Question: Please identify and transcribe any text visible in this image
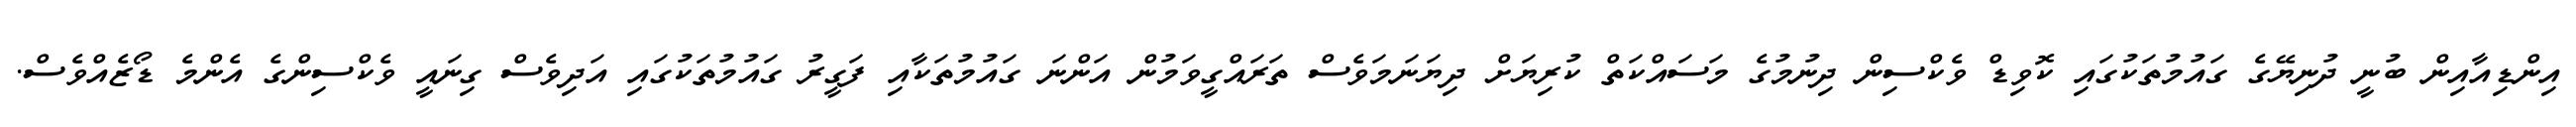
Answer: އިންޑިއާއިން ބުނީ ދުނިޔޭގެ ގައުމުތަކުގައި ކޮވިޑް ވެކްސިން ދިނުމުގެ މަސައްކަތް ކުރިޔަށް ދިޔަނަމަވެސް ތަރައްގީވަމުން އަންނަ ގައުމުތަކާއި ފަގީރު ގައުމުތަކުގައި އަދިވެސް ގިނައީ ވެކްސިންގެ އެންމެ ޑޯޒެއްވެސް.